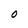
Character: O